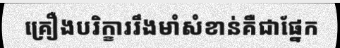
គ្រឿងបរិក្ខាររឹងមាំសំខាន់គឺជាផ្នែក